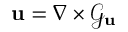
\mathrm { \mathbf { u } } = \nabla \times \mathcal { G _ { \mathrm { \mathbf { u } } } }